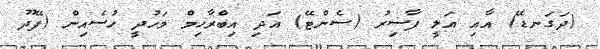
(ދަގަނޑޭ) އާއި އަލީ ފާސިރު (ސެންޓޭ) އަދި އިބްރާހިމް މަހުދީ ހުސެއިން (ފޭދޫ